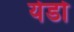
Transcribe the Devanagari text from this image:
येडो